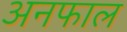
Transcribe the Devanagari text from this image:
अनफाल